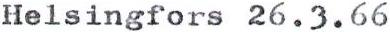
Helsingfors 26.3.66